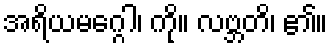
အရိယမဂ္ဂေါ၊ ကို။ လဗ္ဘတိ၊ ၏။